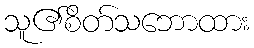
သူ၏စိတ်သဘောထား